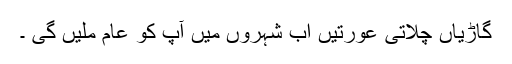
گاڑیاں چلاتی عورتیں اب شہروں میں آپ کو عام ملیں گی ۔